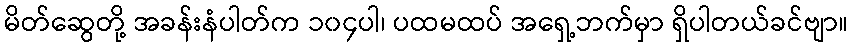
မိတ်ဆွေတို့ အခန်းနံပါတ်က ၁၀၄ပါ၊ ပထမထပ် အရှေ့ဘက်မှာ ရှိပါတယ်ခင်ဗျာ။